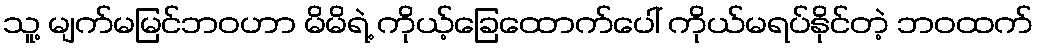
သူ့ မျက်မမြင်ဘဝဟာ မိမိရဲ့ ကိုယ့်ခြေထောက်ပေါ် ကိုယ်မရပ်နိုင်တဲ့ ဘဝထက်